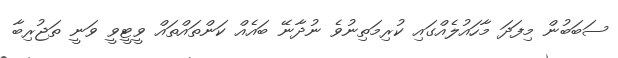
ސަބަބުން މިފަދަ މާހައުލެއްގައި ކުރިމަތިނުވެ ނުދާނޭ ބައެއް ކަންތައްތައް ވީޓީވީ ވަނީ ތަޖުރިބާ